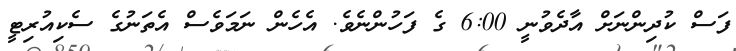
ފަސް ކުދިންނަށް އާދެވުނީ 6:00 ގެ ފަހުންނެވެ. އެހެން ނަަމަވެސް އެތަނުގެ ސެކިއުރިޓީ